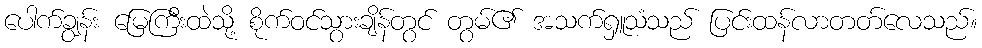
ပေါက်ချွန်း မြေကြီးထဲသို့ စိုက်ဝင်သွားချိန်တွင် တွမ်၏ အသက်ရှူသံသည် ပြင်းထန်လာတတ်လေသည်။